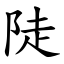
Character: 陡